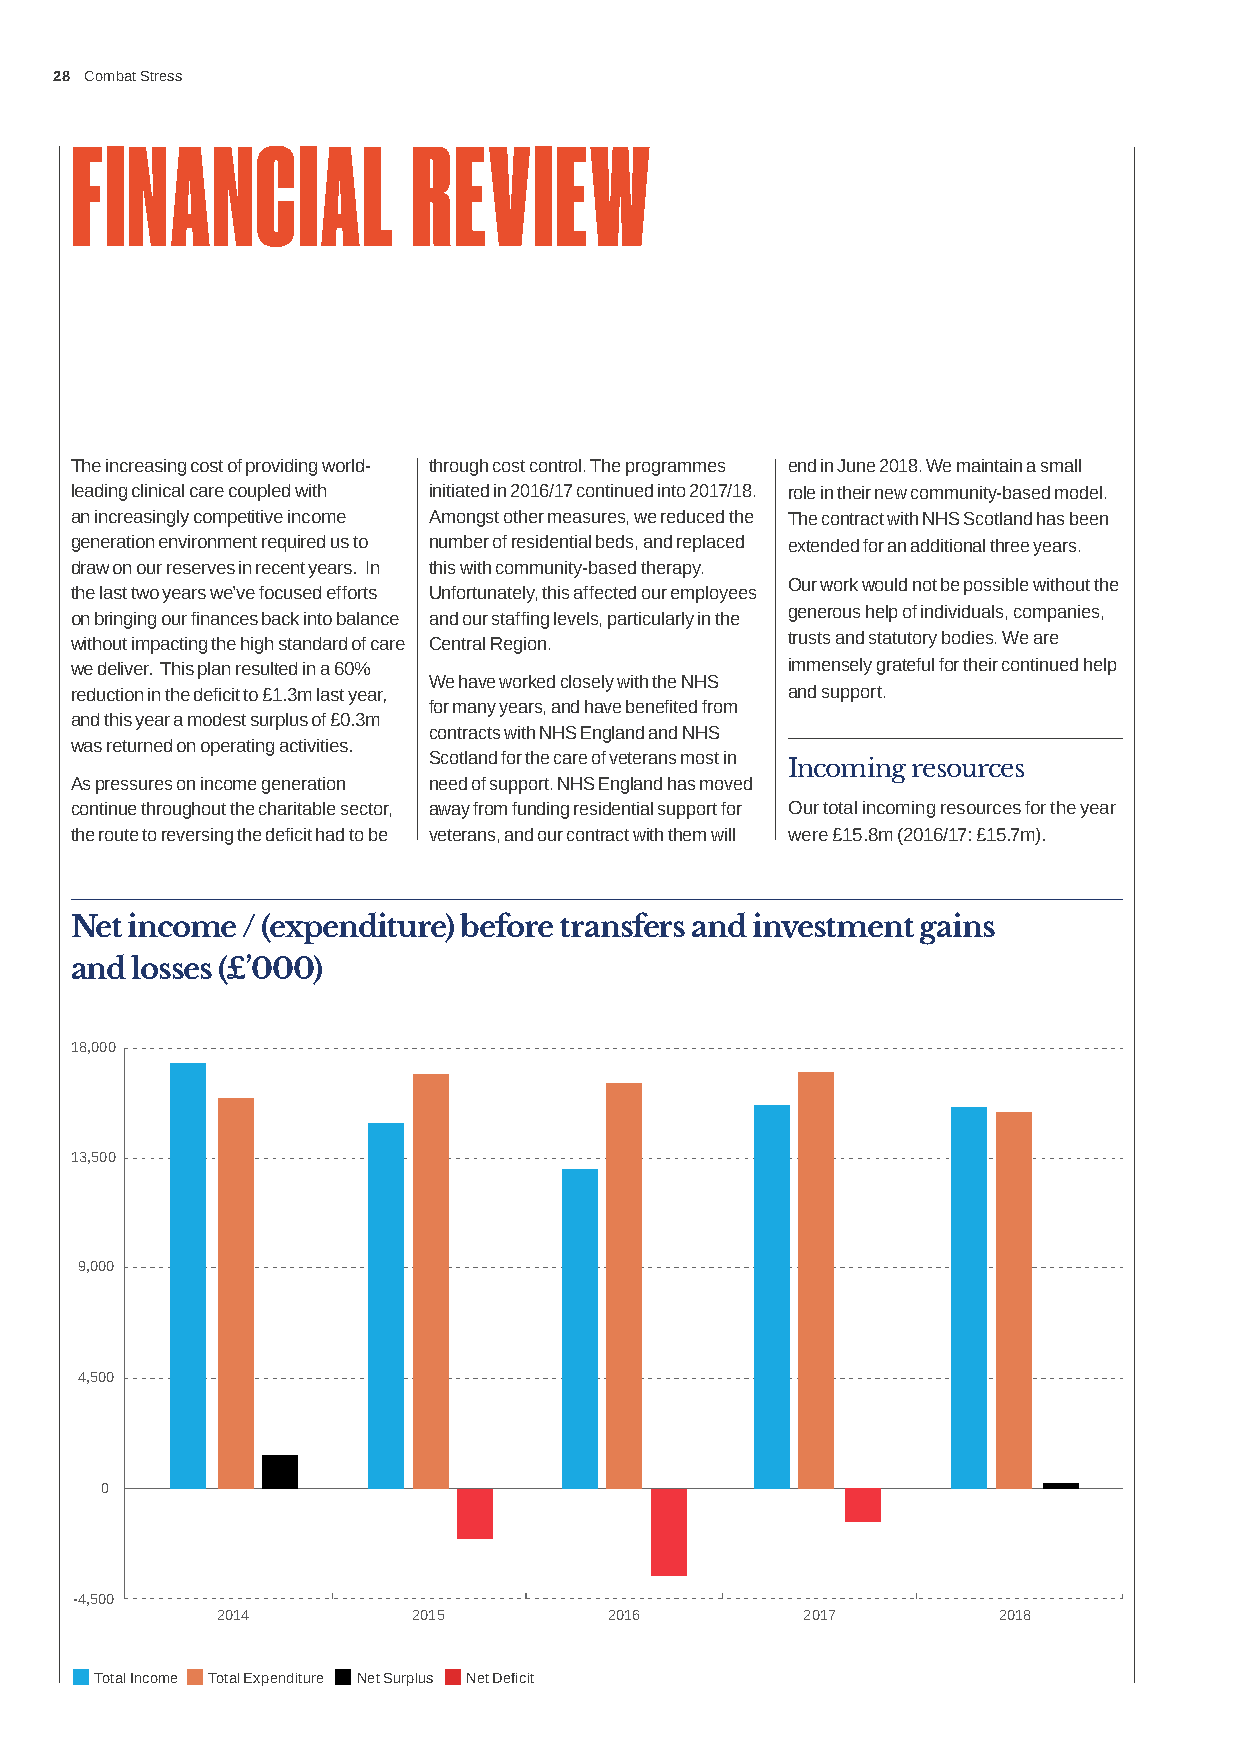
28 Combat Stress
 FINANCIAL             REVIEW
 The increasing cost of providing world- through cost control. The programmes end in June 2018. We maintain a small
 leading clinical care coupled with initiated in 2016/17 continued into 2017/18. role in their new community-based model.
 an increasingly competitive income Amongst other measures, we reduced the The contract with NHS Scotland has been
 generation environment required us to number of residential beds, and replaced extended for an additional three years.
 draw on our reserves in recent years. In this with community-based therapy.
 Our work would not be possible without the
 the last two years we’ve focused efforts Unfortunately, this affected our employees
 generous help of individuals, companies,
 on bringing our finances back into balance and our staffing levels, particularly in the
 without impacting the high standard of care Central Region. trusts and statutory bodies. We are
 we deliver. This plan resulted in a 60%        immensely grateful for their continued help
 We have worked closely with the NHS
 reduction in the deficit to £1.3m last year,   and support.
 for many years, and have benefited from
 and this year a modest surplus of £0.3m
 contracts with NHS England and NHS
 was returned on operating activities.
 Scotland for the care of veterans most in
 Incoming resources
 As pressures on income generation need of support. NHS England has moved
 continue throughout the charitable sector, away from funding residential support for Our total incoming resources for the year
 the route to reversing the deficit had to be veterans, and our contract with them will were £15.8m (2016/17: £15.7m).
 Net income / (expenditure) before transfers and investment gains
 and losses (£’000)
 18,000
 13,500
 9,000
 4,500
 0
 -4,500
 2014         2015         2016         2017         2018
                      
 Total Income Total Expenditure Net Surplus Net Deficit